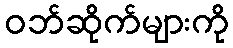
ဝဘ်ဆိုက်များကို